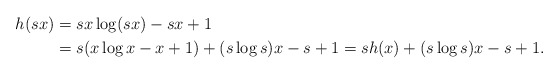
\begin{align*}h(sx) &= sx \log (sx) - sx + 1\\&= s (x\log x - x + 1) + (s \log s) x - s+ 1 = sh(x) + (s \log s) x - s + 1.\end{align*}